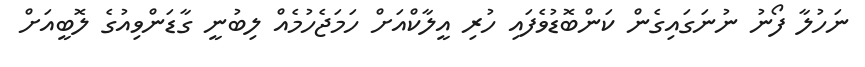
ނަހުލާ ފޯނު ނުނަގައިގެން ކަންބޮޑުވެފައި ހުރި އީލާކްއަށް ހަމަޖެހުމެއް ލިބުނީ ގާޑަންވިއުގެ ލޮބީއަށް